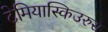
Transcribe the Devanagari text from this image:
टेमियास्किउरुस